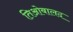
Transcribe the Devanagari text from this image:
तिओबालद